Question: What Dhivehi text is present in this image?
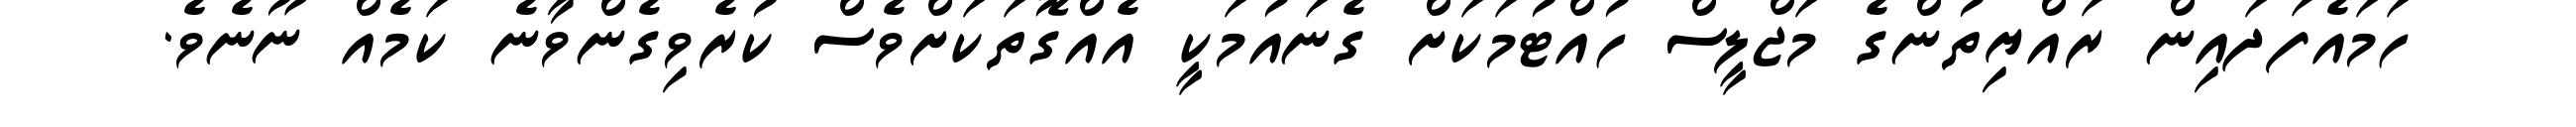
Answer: ހަމައެފަދައިން ރައްޔިތުންގެ މަޖްލީސް ހުއްޓުމަކަށް ގެނައުމަކީ އެއްގޮތަކަށްވެސް ކުރެވިގެންވާނެ ކަމެއް ނޫނެވެ.